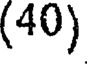
(40)